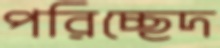
পরিচ্ছেদ